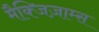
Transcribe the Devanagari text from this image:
मैक्जिज़ाम्स